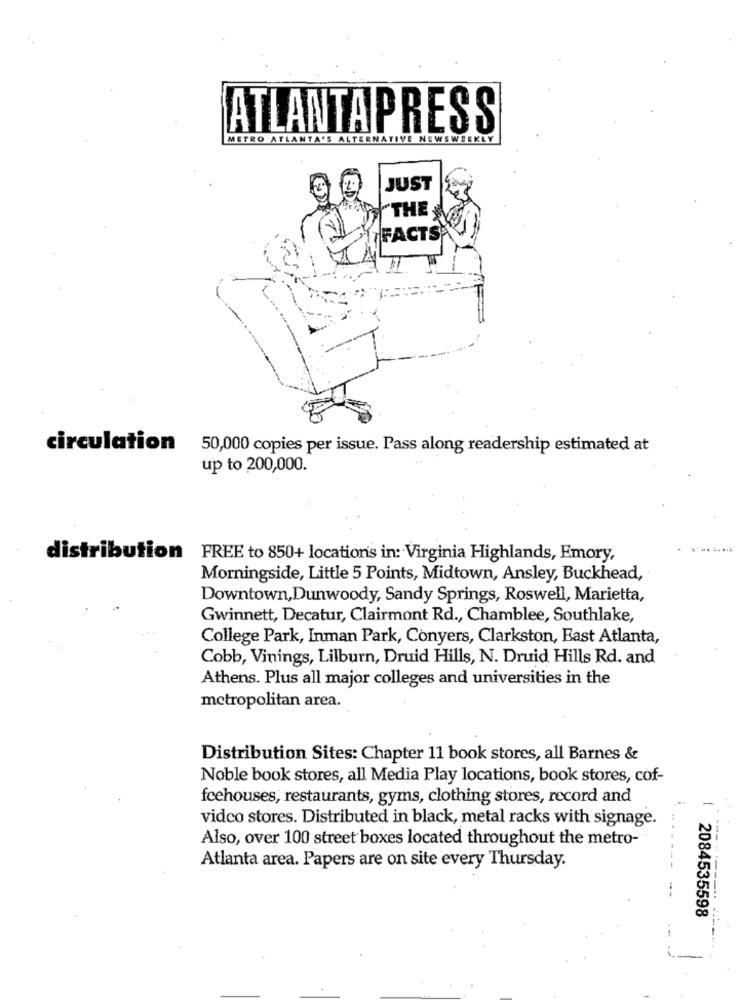
ATLANTAPRESS
METRO ATLANTA'S ALTERNATIVE NEWSWEEKLY
JUST
THE
FACTS
circulation 50,000 copies per issue. Pass along readership estimated at
up to 200,000.
distribution FREE to 850+ locations in: Virginia Highlands, Emory,
Morningside, Little 5 Points, Midtown, Ansley, Buckhead,
Downtown, Dunwoody, Sandy Springs, Roswell, Marietta,
Gwinnett, Decatur, Clairmont Rd ., Chamblee, Southlake,
College Park, Inman Park, Conyers, Clarkston, East Atlanta,
Cobb, Vinings, Lilburn, Druid Hills, N. Druid Hills Rd. and
Athens. Plus all major colleges and universities in the
metropolitan area.
Distribution Sites: Chapter 11 book stores, all Barnes &
Noble book stores, all Media Play locations, book stores, cof-
feehouses, restaurants, gyms, clothing stores, record and
video stores. Distributed in black, metal racks with signage.
Also, over 100 street boxes located throughout the metro-
Atlanta area. Papers are on site every Thursday.
2084535598